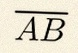
\overline{AB}